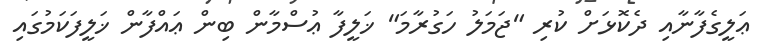
ޢަލީގެފާނާއި ދެކޮޅަށް ކުރި "ޖަމަލު ހަގުރާމަ" ޚަލީފާ ޢުސްމާން ބިން ޢައްފާން ޚަލީފަކަމުގައި